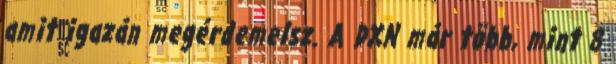
amit igazán megérdemelsz. A DXN már több, mint 8